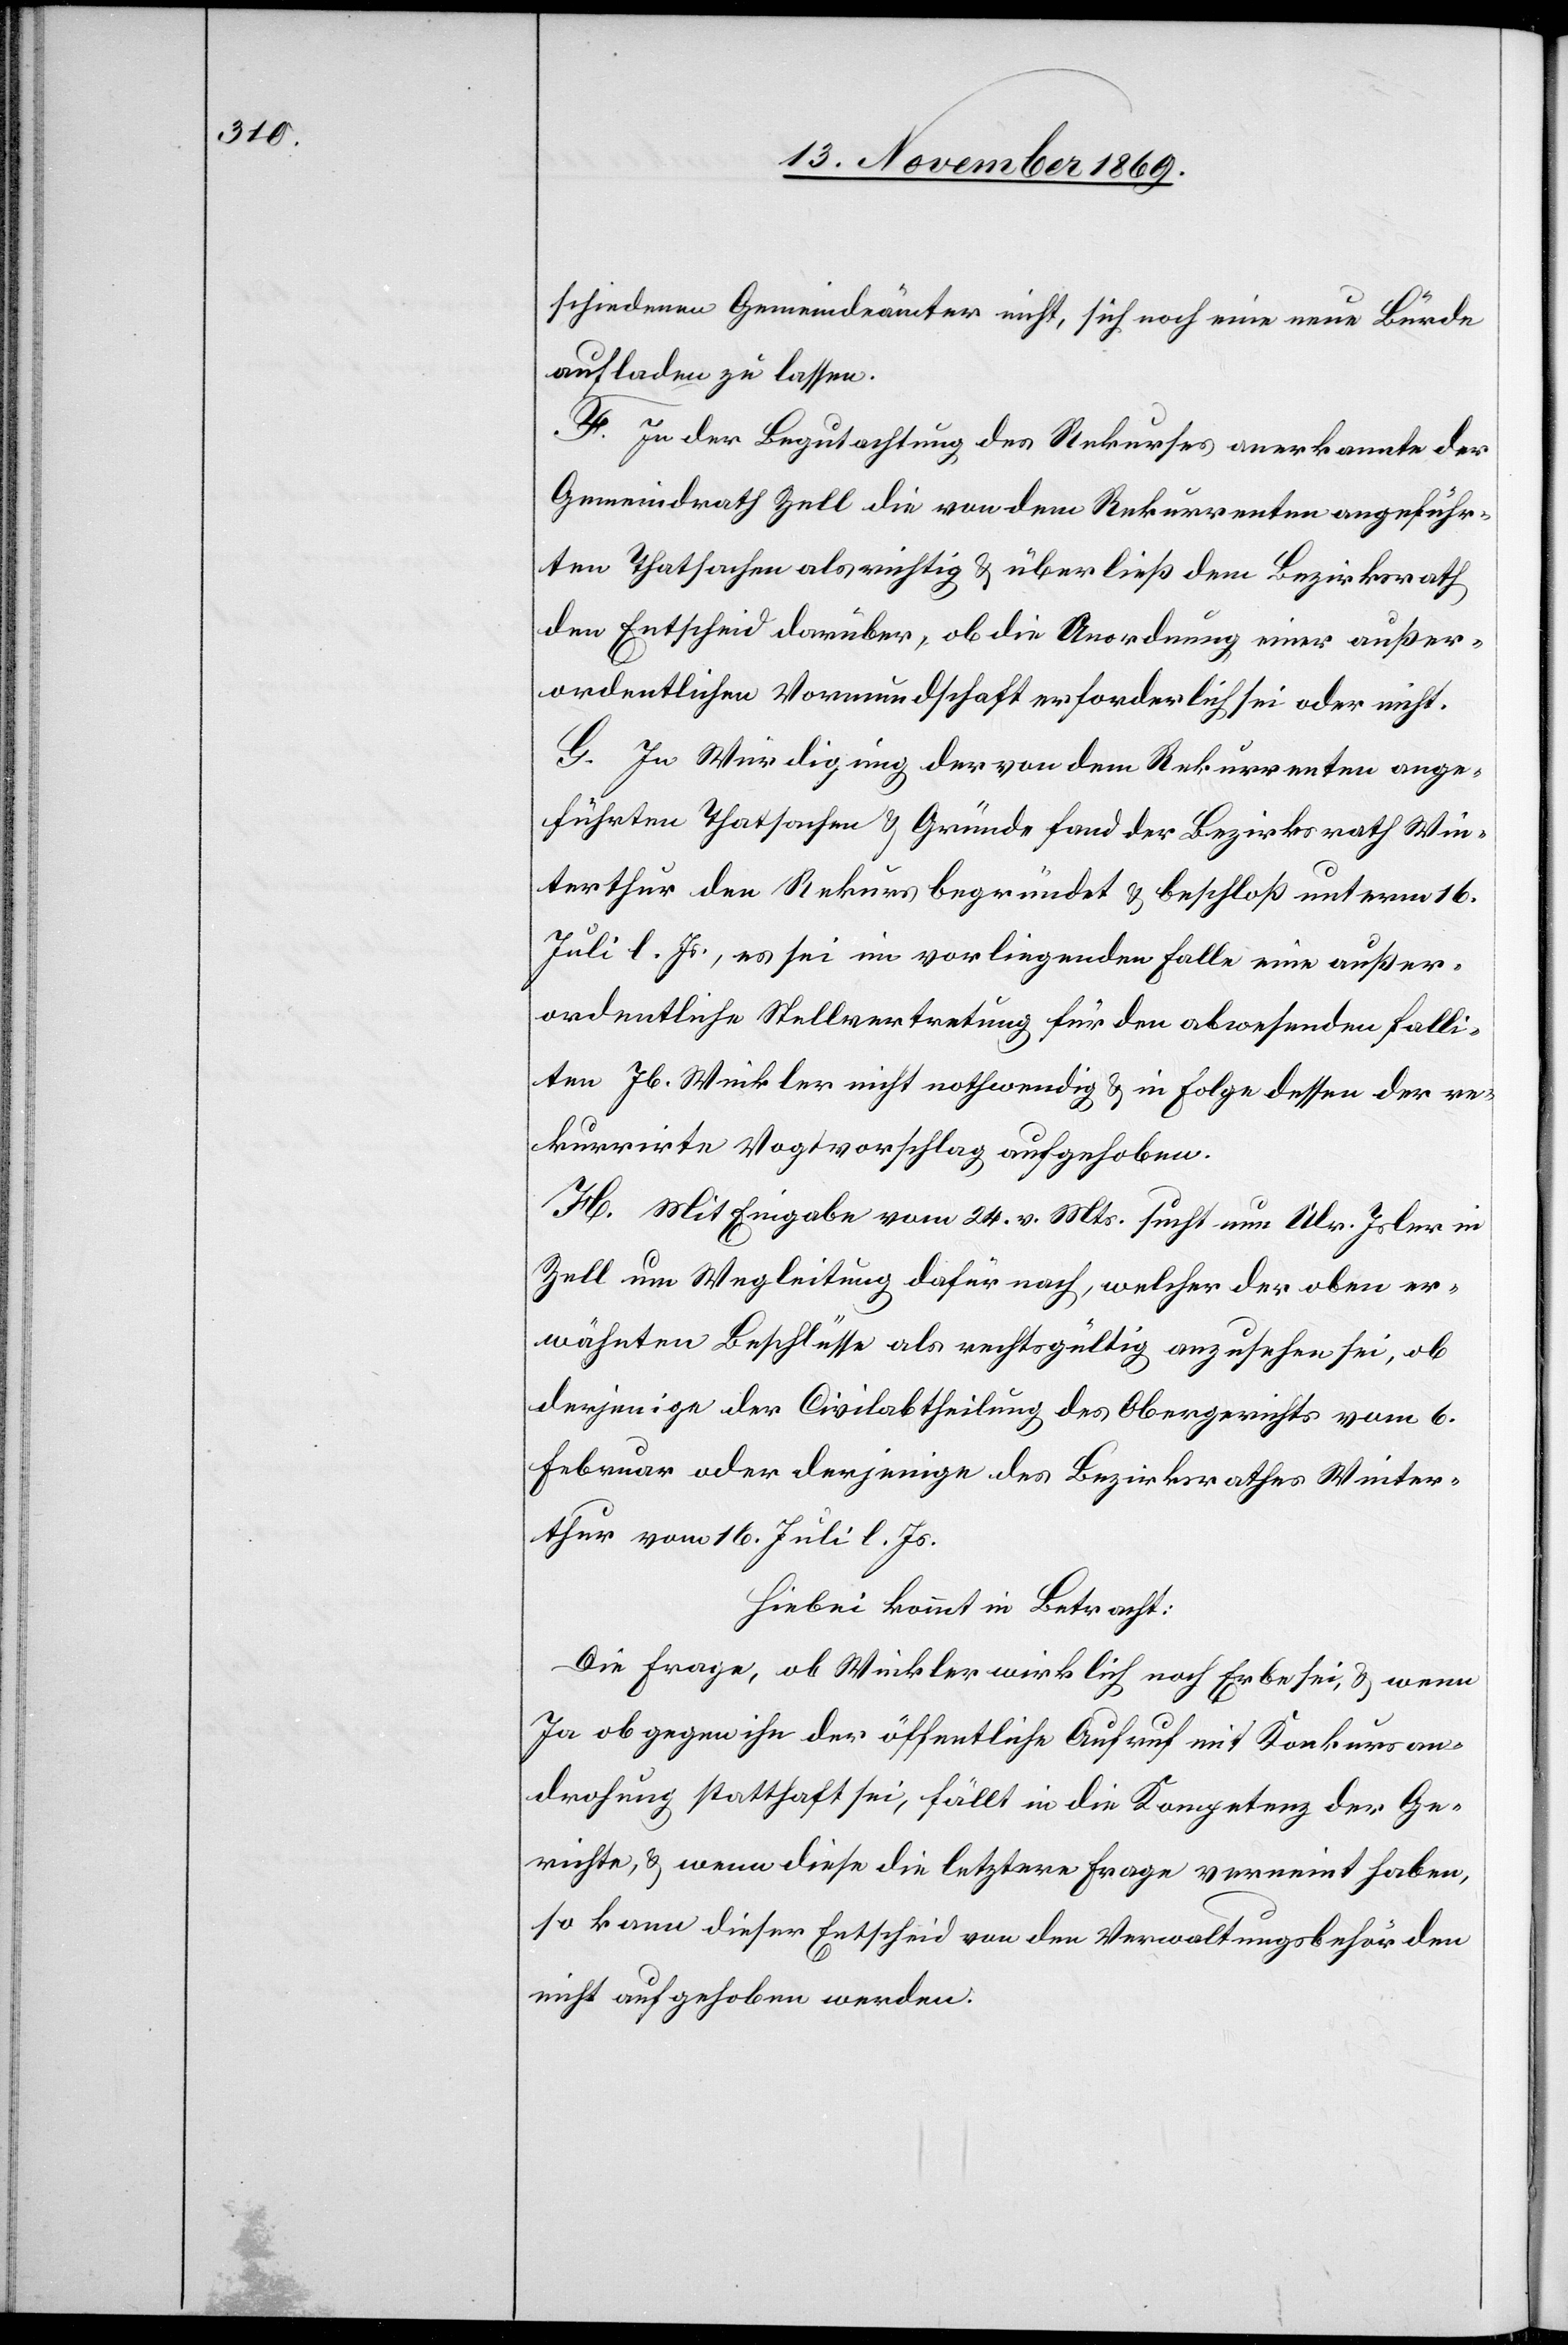
schiedenen Gemeindeämter nicht, sich noch eine neue Bürde
aufladen zu lassen.
F. In der Begutachtung des Rekurses anerkannte der
Gemeindrath Zell die von dem Rekurrenten angeführ¬
ten Thatsachen als richtig & überließ dem Bezirksrath
den Entscheid darüber, ob die Anordnung einer außer¬
ordentlichen Vormundschaft erforderlich sei oder nicht.
G. In Würdigung der von dem Rekurrenten ange¬
führten Thatsachen & Gründe fand der Bezirksrath Win¬
terthur den Rekurs begründet & beschloß unterm 16.
Juli l. Js., es sei im vorliegenden Falle eine außer¬
ordentliche Stellvertretung für den abwesenden falli¬
ten Jb. Winkler nicht nothwendig & in Folge dessen der re¬
kurrirte Vogtvorschlag aufgehoben.
H. Mit Eingabe vom 24. v. Mts. sucht nun Ulr. Isler in
Zell um Wegleitung dafür nach, welcher der oben er¬
wähnten Beschlüsse als rechtsgültig anzusehen sei, ob
derjenige der Civilabtheilung des Obergerichts vom 6.
Februar oder derjenige des Bezirksrathes Winter¬
thur vom 16. Juli l. Js.
Hiebei kommt in Betracht:
Die Frage, ob Winkler wirklich noch Erbe sei, & wenn
Ja ob gegen ihn der öffentliche Aufruf mit Konkursan¬
drohung statthaft sei, fällt in die Kompetenz der Ge¬
richte, & wenn diese die letztere Frage verneint haben,
so kann dieser Entscheid von den Verwaltungsbehörden
nicht aufgehoben werden.